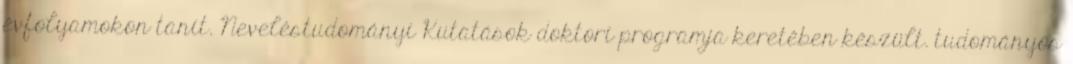
évfolyamokon tanít. Neveléstudományi Kutatások doktori programja keretében készült. tudományos